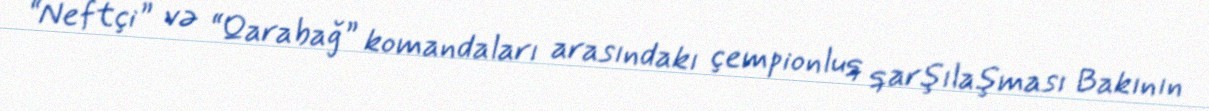
“Neftçi” və “Qarabağ” komandaları arasındakı çempionluq qarşılaşması Bakının